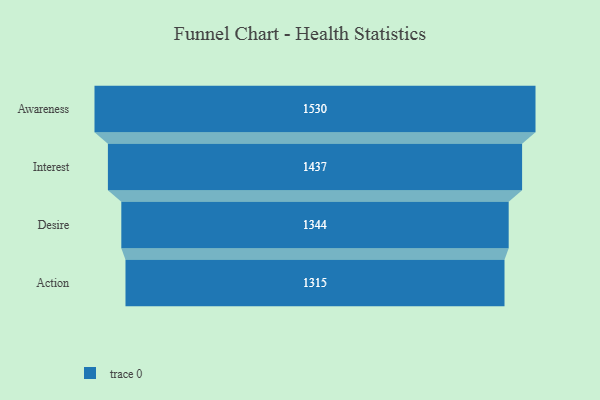
{"axis": {"x": "Stage", "y": "Value"}, "legend": [""], "data": [{"x": "Awareness", "y": 1530.0, "type": ""}, {"x": "Interest", "y": 1437.0, "type": ""}, {"x": "Desire", "y": 1344.0, "type": ""}, {"x": "Action", "y": 1315.0, "type": ""}]}